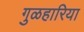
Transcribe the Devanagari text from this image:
गुळहारिया